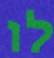
לו